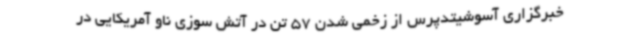
خبرگزاری آسوشیتدپرس از زخمی شدن 57 تن در آتش سوزی ناو آمریکایی در